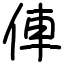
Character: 俥